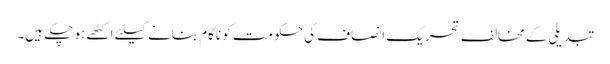
تبدیلی کے مخالف تحریک انصاف کی حکومت کو ناکام بنانے کیلئے اکٹھے ہو چکے ہیں۔